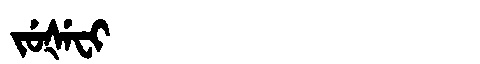
Manchu: ᠵᡠᡧᡝᠸᡳ
Romanization: JUŠEFI